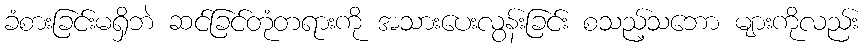
ခံစားခြင်းမရှိဘဲ ဆင်ခြင်တုံတရားကို အသားပေးလွန်းခြင်း စသည့်သဘော များကိုလည်း